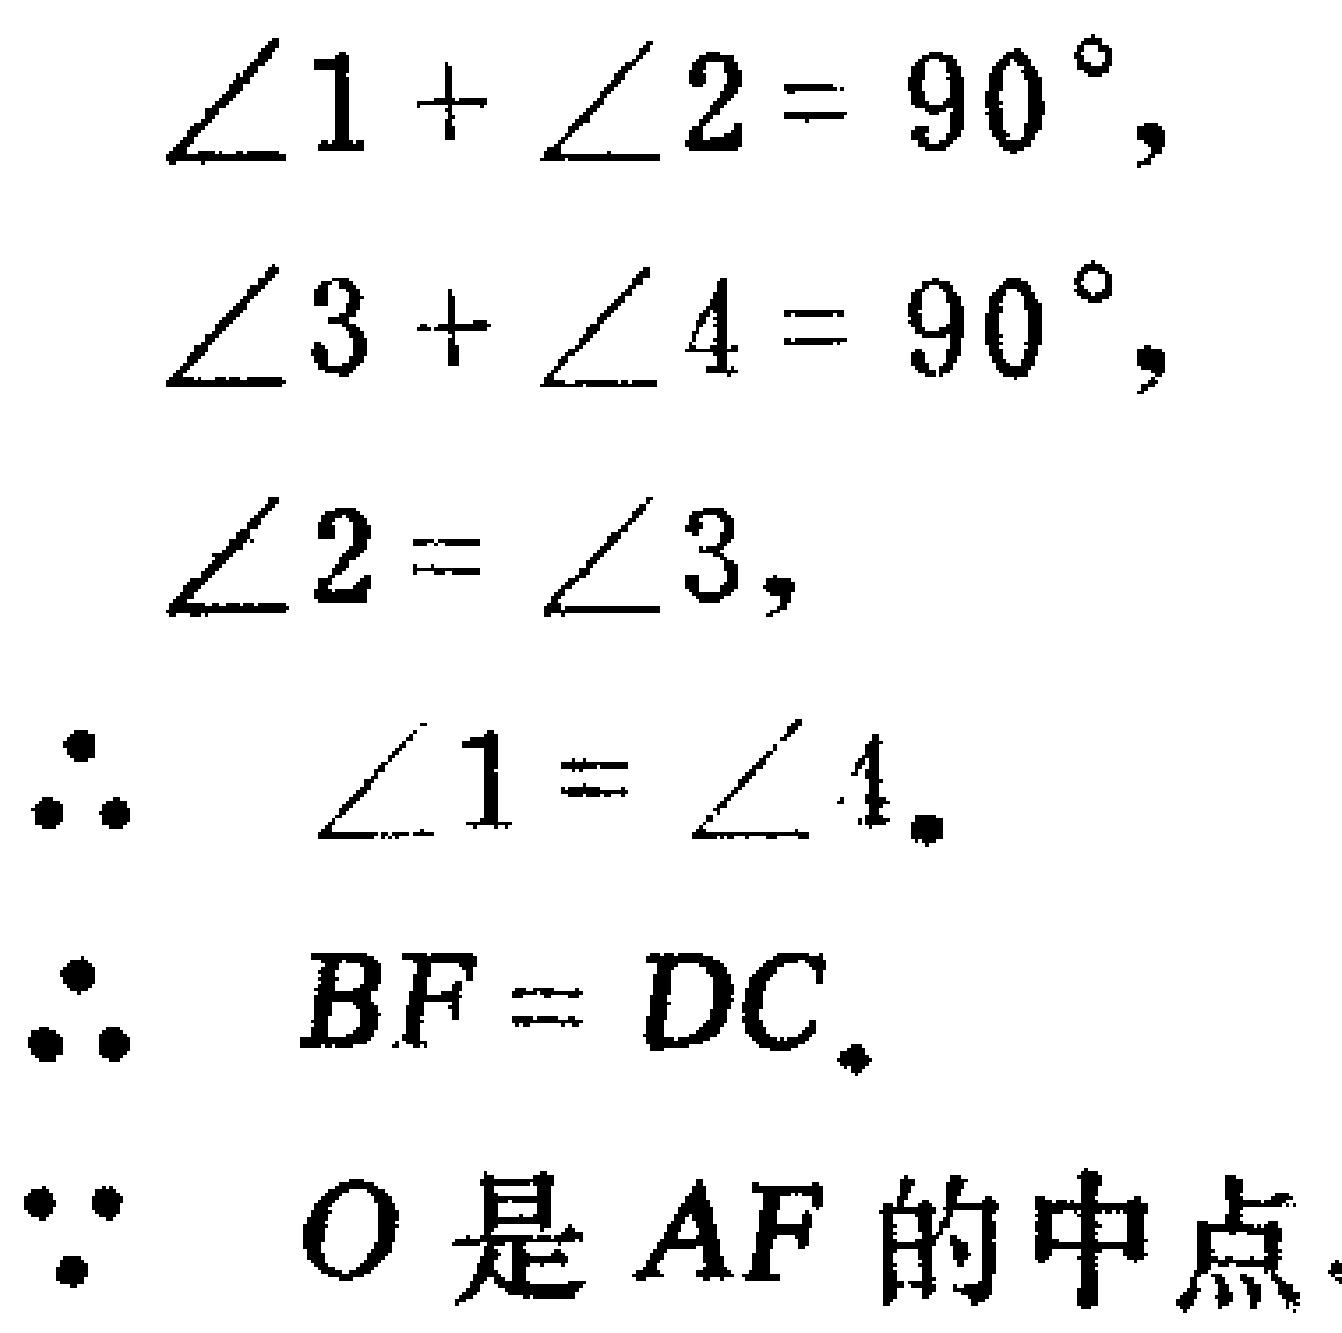
\begin{align*}
\angle 1+\angle 2&=90^{\circ},\\
\angle 3+\angle 4&=90^{\circ},\\
\angle 2&=\angle 3,\\
\therefore \angle 1&=\angle 4.\\
\therefore BF&=DC.\\
\because O&\text{ 是 } AF \text{ 的中点}.
\end{align*}